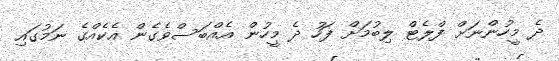
ދެ މީހުންނަށް ފްލެޓް ލިބުމަށް ފަހު ދެ މީހުން އެއްބަސްވެގެން އެކެއްގެ ނަމުގައި